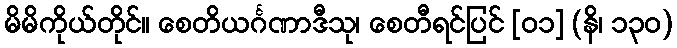
မိမိကိုယ်တိုင်။ စေတိယင်္ဂဏာဒီသု၊ စေတီရင်ပြင် [၀၁] (နိ၊ ၁၃၀)